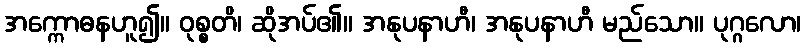
အက္ကောဓနဟူ၍။ ဝုစ္စတိ၊ ဆိုအပ်၏။ အနုပနာဟီ၊ အနုပနာဟီ မည်သော။ ပုဂ္ဂလော၊